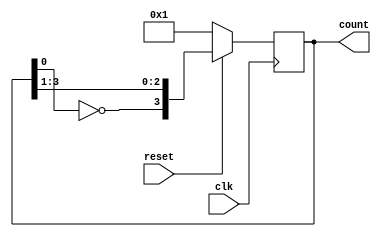
module johnson_counter(clk,reset,count);
  //Johnson counter can be implement for any number of bits by changing  Width Parameter.Initially it was 4.
parameter WIDTH=4;
  //inputs
input clk,reset;
  //outputs
output reg [WIDTH-1:0] count;

always@(posedge clk)
begin
if(reset)
count={~count[0],count[WIDTH-1:1]};
else 
count=1;
end
endmodule